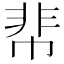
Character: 𩇪